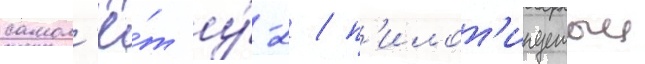
самол'ё́т у́-2 / п'илот'ируемыи